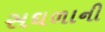
સઘળાની